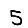
Digit: 5